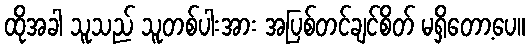
ထိုအခါ သူသည် သူတစ်ပါးအား အပြစ်တင်ချင်စိတ် မရှိတော့ပေ။